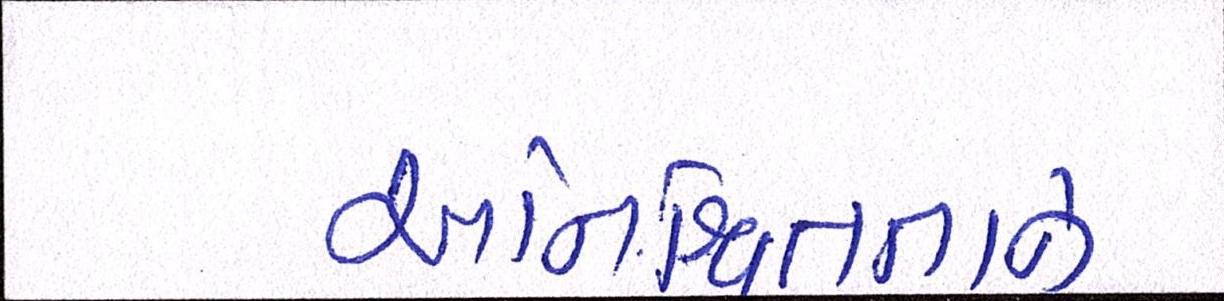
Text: અનિશ્ચિતતાને